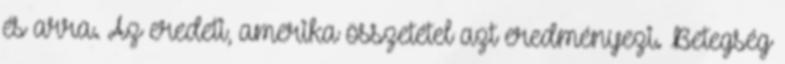
és arra. Az eredeti, amerika összetétel azt eredményezi. Betegség